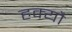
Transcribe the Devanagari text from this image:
हक्यौ